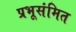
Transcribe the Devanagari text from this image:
प्रभूसंमित